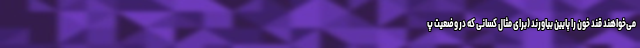
می‌خواهند قند خون را پایین بیاورند (برای مثال کسانی که در وضعیت پ